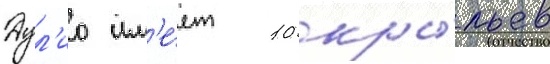
Дул'ио им'е́ет 10 кры́льев